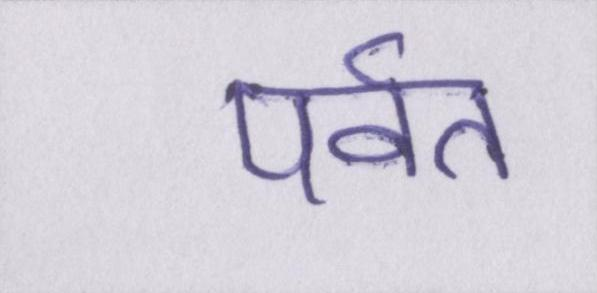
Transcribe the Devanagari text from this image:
पर्वत